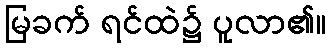
မြခက် ရင်ထဲ၌ ပူလာ၏။